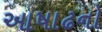
આષાઢનો